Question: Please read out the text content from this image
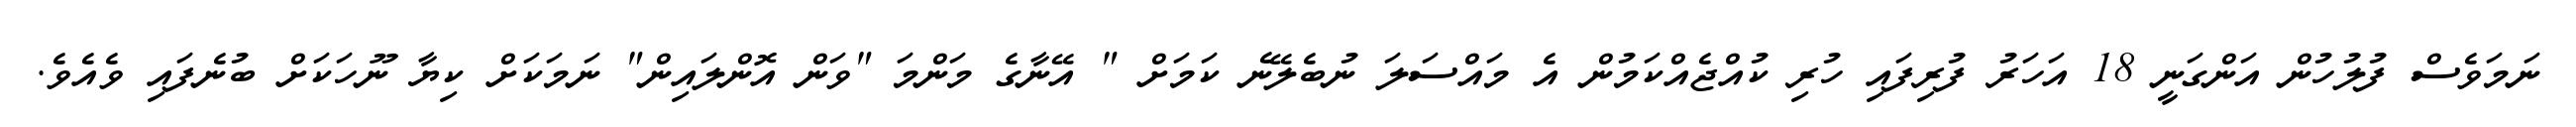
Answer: ނަމަވެސް ފުލުހުން އަންގަނީ 18 އަހަރު ފުރިފައި ހުރި ކުއްޖެއްކަމުން އެ މައްސަލަ ނުބެލޭނެ ކަމަށް " އޭނާގެ މަންމަ "ވަން އޮންލައިން" ނަމަކަށް ކިޔާ ނޫހަކަށް ބުނެފައި ވެއެވެ.